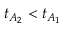
t _ { A _ { 2 } } < t _ { A _ { 1 } }